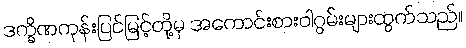
ဒက္ခိဏကုန်းပြင်မြင့်တို့မှ အကောင်းစားဝါဂွမ်းများထွက်သည်။